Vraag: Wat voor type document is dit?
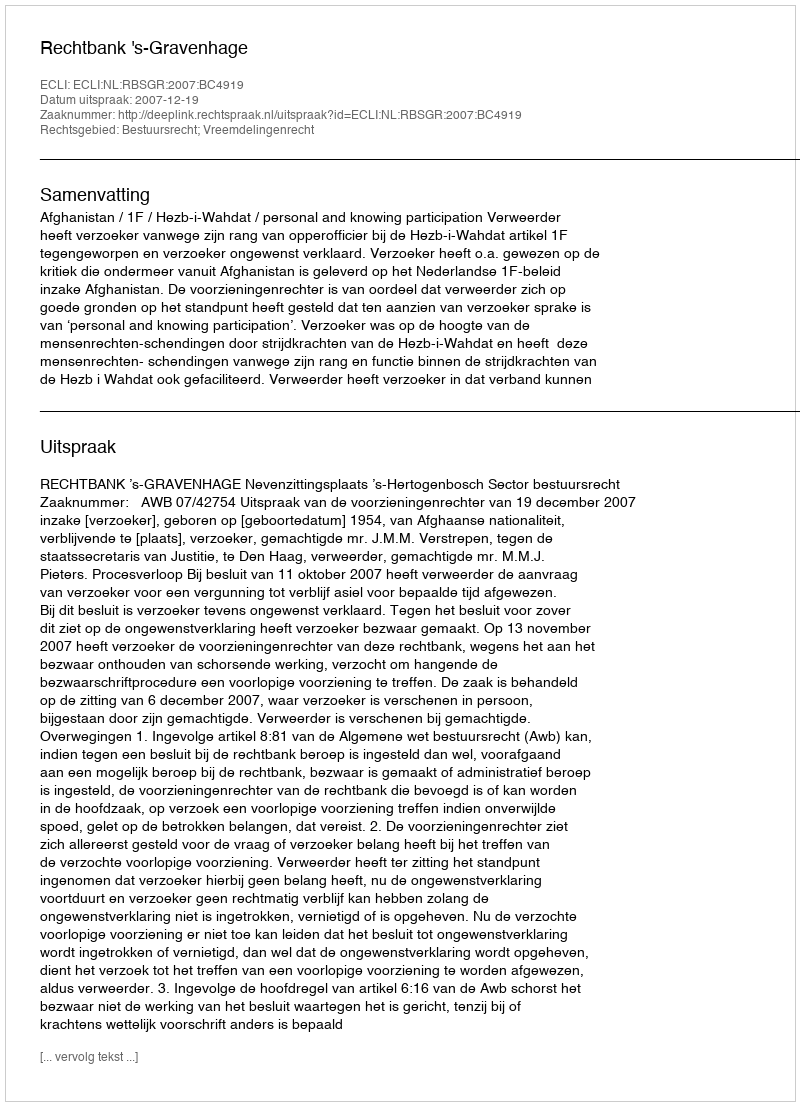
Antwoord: Uitspraak